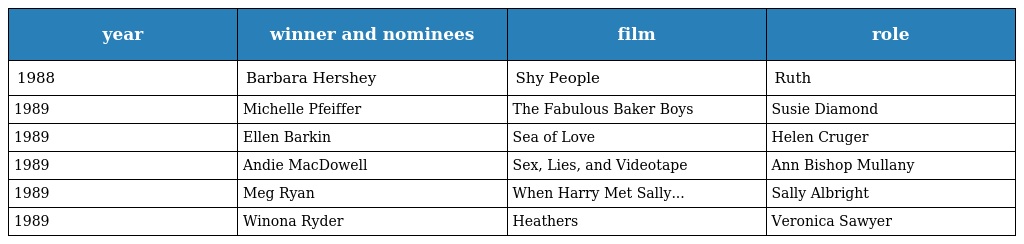
| year | winner and nominees | film | role |
 | --- | --- | --- | --- |
 | 1988 | Barbara Hershey | Shy People | Ruth |
 | 1989 | Michelle Pfeiffer | The Fabulous Baker Boys | Susie Diamond |
 | 1989 | Ellen Barkin | Sea of Love | Helen Cruger |
 | 1989 | Andie MacDowell | Sex, Lies, and Videotape | Ann Bishop Mullany |
 | 1989 | Meg Ryan | When Harry Met Sally... | Sally Albright |
 | 1989 | Winona Ryder | Heathers | Veronica Sawyer |